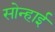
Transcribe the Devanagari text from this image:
सोन्हाई